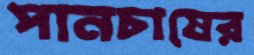
পানচাষের